Annual report on the lock hospitals of the Madras Presidency
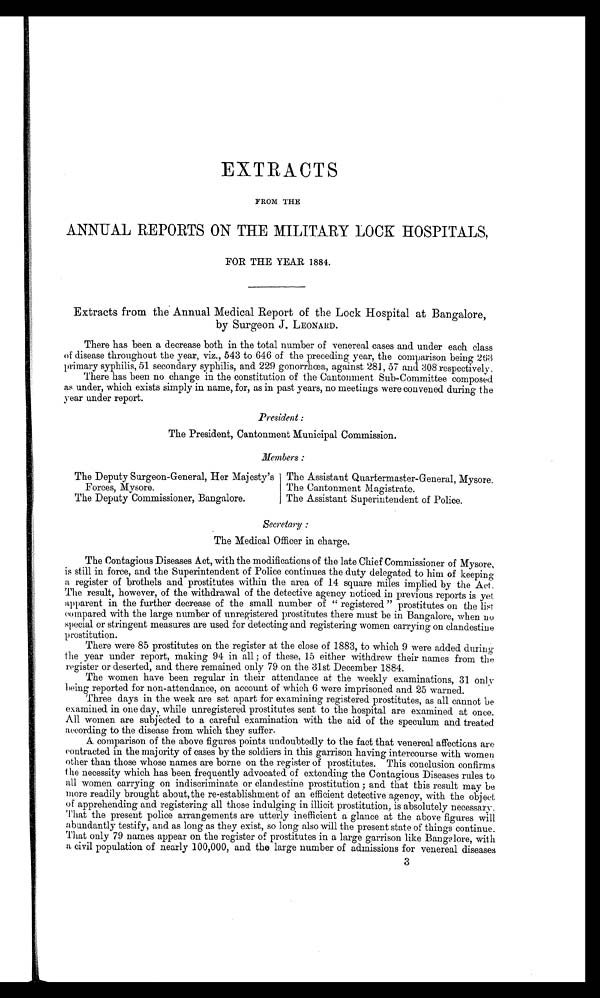
EXTRACTS
FROM THE
ANNUAL REPORTS ON THE MILITARY LOCK HOSPITALS,
FOR THE YEAR 1884.
Extracts from the Annual Medical Report of the Lock Hospital at Bangalore,
by Surgeon J. LEONARD.
There has been a decrease both in the total number of venereal cases and under each class
of disease throughout the year, viz., 543 to 646 of the preceding year, the comparison being 263
primary syphilis, 51 secondary syphilis, and 229 gonorrhœa, against 281, 57 and 308 respectively.
There has been no change in the constitution of the Cantonment Sub-Committee composed
as under, which exists simply in name, for, as in past years, no meetings were convened during the
year under report.
President :
The President, Cantonment Municipal Commission.
Members :
The Deputy Surgeon-General, Her Majesty's
Forces, Mysore.
The Deputy Commissioner, Bangalore.
The Assistant Quartermaster-General, Mysore.
The Cantonment Magistrate.
The Assistant Superintendent of Police.
Secretary :
The Medical Officer in charge.
The Contagious Diseases Act, with the modifications of the late Chief Commissioner of Mysore,
is still in force, and the Superintendent of Police continues the duty delegated to him of keeping
a register of brothels and prostitutes within the area of 14 square miles implied by the Act.
The result, however, of the withdrawal of the detective agency noticed in previous reports is yet
apparent in the further decrease of the small number of " registered " prostitutes on the list
compared with the large number of unregistered prostitutes there must be in Bangalore, when no
special or stringent measures are used for detecting and registering women carrying on clandestine
prostitution.
There were 85 prostitutes on the register at the close of 1883, to which 9 were added during
the year under report, making 94 in all ; of these, 15 either withdrew their names from the
register or deserted, and there remained only 79 on the 31st December 1884.
The women have been regular in their attendance at the weekly examinations, 31 only
being reported for non-attendance, on account of which 6 were imprisoned and 25 warned.
Three days in the week are set apart for examining registered prostitutes, as all cannot be
examined in one day, while unregistered prostitutes sent to the hospital are examined at once.
All women are subjected to a careful examination with the aid of the speculum and treated
according to the disease from which they suffer.
A comparison of the above figures points undoubtedly to the fact that venereal affections are
contracted in the majority of cases by the soldiers in this garrison having intercourse with women
other than those whose names are borne on the register of prostitutes. This conclusion confirms
the necessity which has been frequently advocated of extending the Contagious Diseases rules to
all women carrying on indiscriminate or clandestine prostitution ; and that this result may be
more readily brought about, the re-establishment of an efficient detective agency, with the object
of apprehending and registering all those indulging in illicit prostitution, is absolutely necessary.
That the present police arrangements are utterly inefficient a glance at the above figures will
abundantly testify, and as long as they exist, so long also will the present state of things continue.
That only 79 names appear on the register of prostitutes in a large garrison like Bangalore, with
a civil population of nearly 100,000, and the large number of admissions for venereal diseases